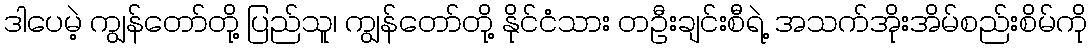
ဒါပေမဲ့ ကျွန်တော်တို့ ပြည်သူ၊ ကျွန်တော်တို့ နိုင်ငံသား တဦးချင်းစီရဲ့ အသက်အိုးအိမ်စည်းစိမ်ကို